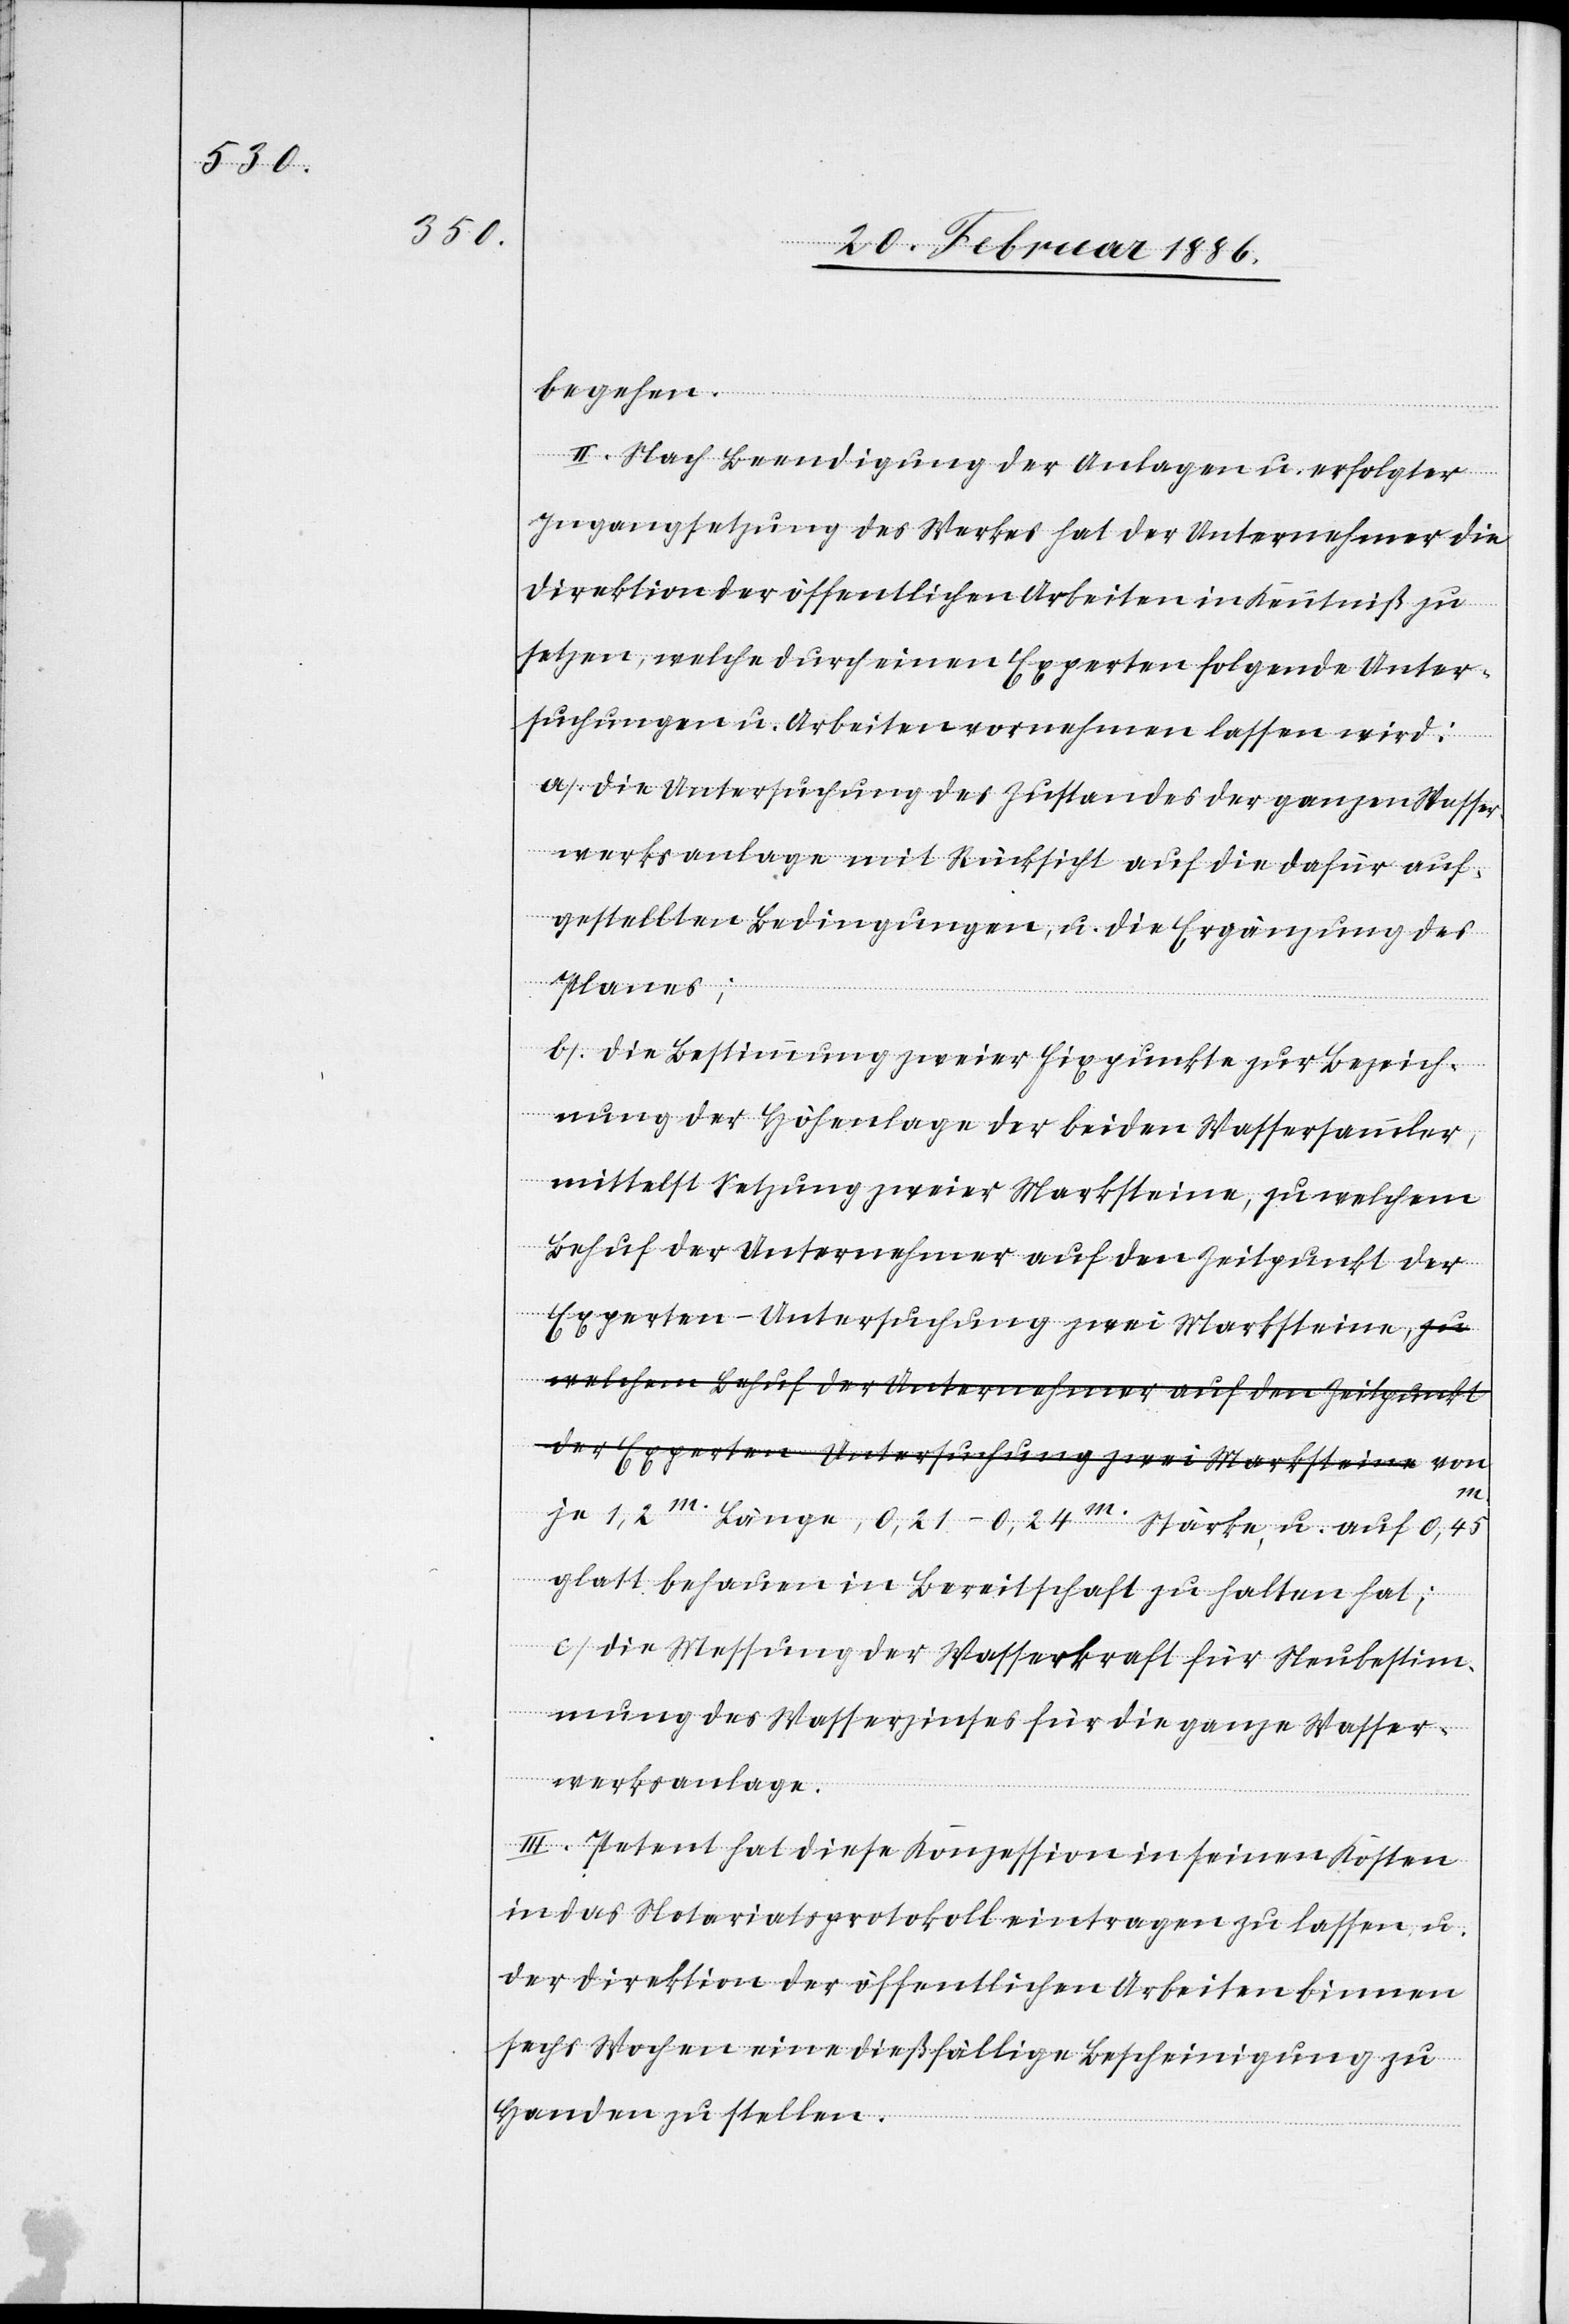
begehen.
II. Nach Beendigung der Anlagen u. erfolgter
Ingangsetzung des Werkes hat der Unternehmer die
Direktion der öffentlichen Arbeiten in Kenntniß zu
setzen, welche durch einen Experten folgende Unter¬
suchungen u. Arbeiten vornehmen lassen wird:
a). Die Untersuchung des Zustandes der ganzen Wasser¬
werksanlage mit Rücksicht auf die dafür auf¬
gestellten Bedingungen, u. die Ergänzungen des
Planes;
b). Die Bestimmung zweier Fixpunkte zur Bezeich¬
nung der Höhenlage der beiden Wassersammler,
mittelst Setzung zweier Marksteine, zu welchem
Behuf der Unternehmer auf den Zeitpunkt der
Experten-Untersuchung zwei Marksteine von
je 1,2m. Länge, 0,21–0,24m. Stärke, u. auf 0,45m.
glatt behauen in Bereitschaft zu halten hat;
c). Die Messung der Wasserkraft für Neubestim¬
mung des Wasserzinses für die ganze Wasser¬
werksanlage.
III. Petent hat diese Konzession in seinen Kosten
in das Notariatsprotokoll eintragen zu lassen u.
der Direktion der öffentlichen Arbeiten binnen
sechs Wochen eine dießfällige Bescheinigung zu
Handen zu stellen.